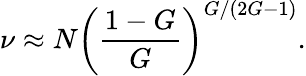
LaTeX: \nu\approx N\left(\frac{1-G}{G}\right)^{G/(2G-1)}.